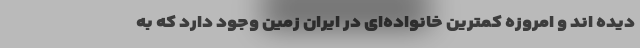
دیده اند و امروزه کمترین خانواده‌ای در ایران زمین وجود دارد که به